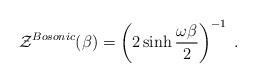
LaTeX: \begin{align*}{\cal Z}^{Bosonic} (\beta) = \left( 2 \sinh {\omega\beta\over 2}\right)^{-1} \;.\end{align*}